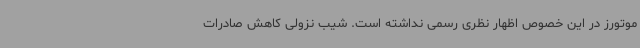
موتورز در این خصوص اظهار نظری رسمی نداشته است. شیب نزولی کاهش صادرات